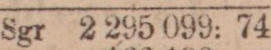
Sgr 2 295 099: 74